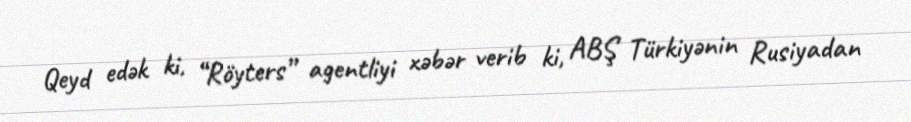
Qeyd edək ki, “Röyters” agentliyi xəbər verib ki, ABŞ Türkiyənin Rusiyadan